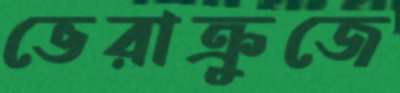
ভেরাক্রুজে